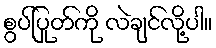
စွပ်ပြုတ်ကို လဲချင်လို့ပါ။